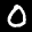
Label: 0